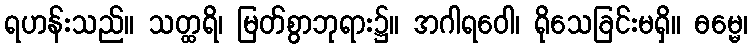
ရဟန်းသည်။ သတ္ထရိ၊ မြတ်စွာဘုရား၌။ အဂါရဝေါ၊ ရိုသေခြင်းမရှိ။ ဓမ္မေ၊